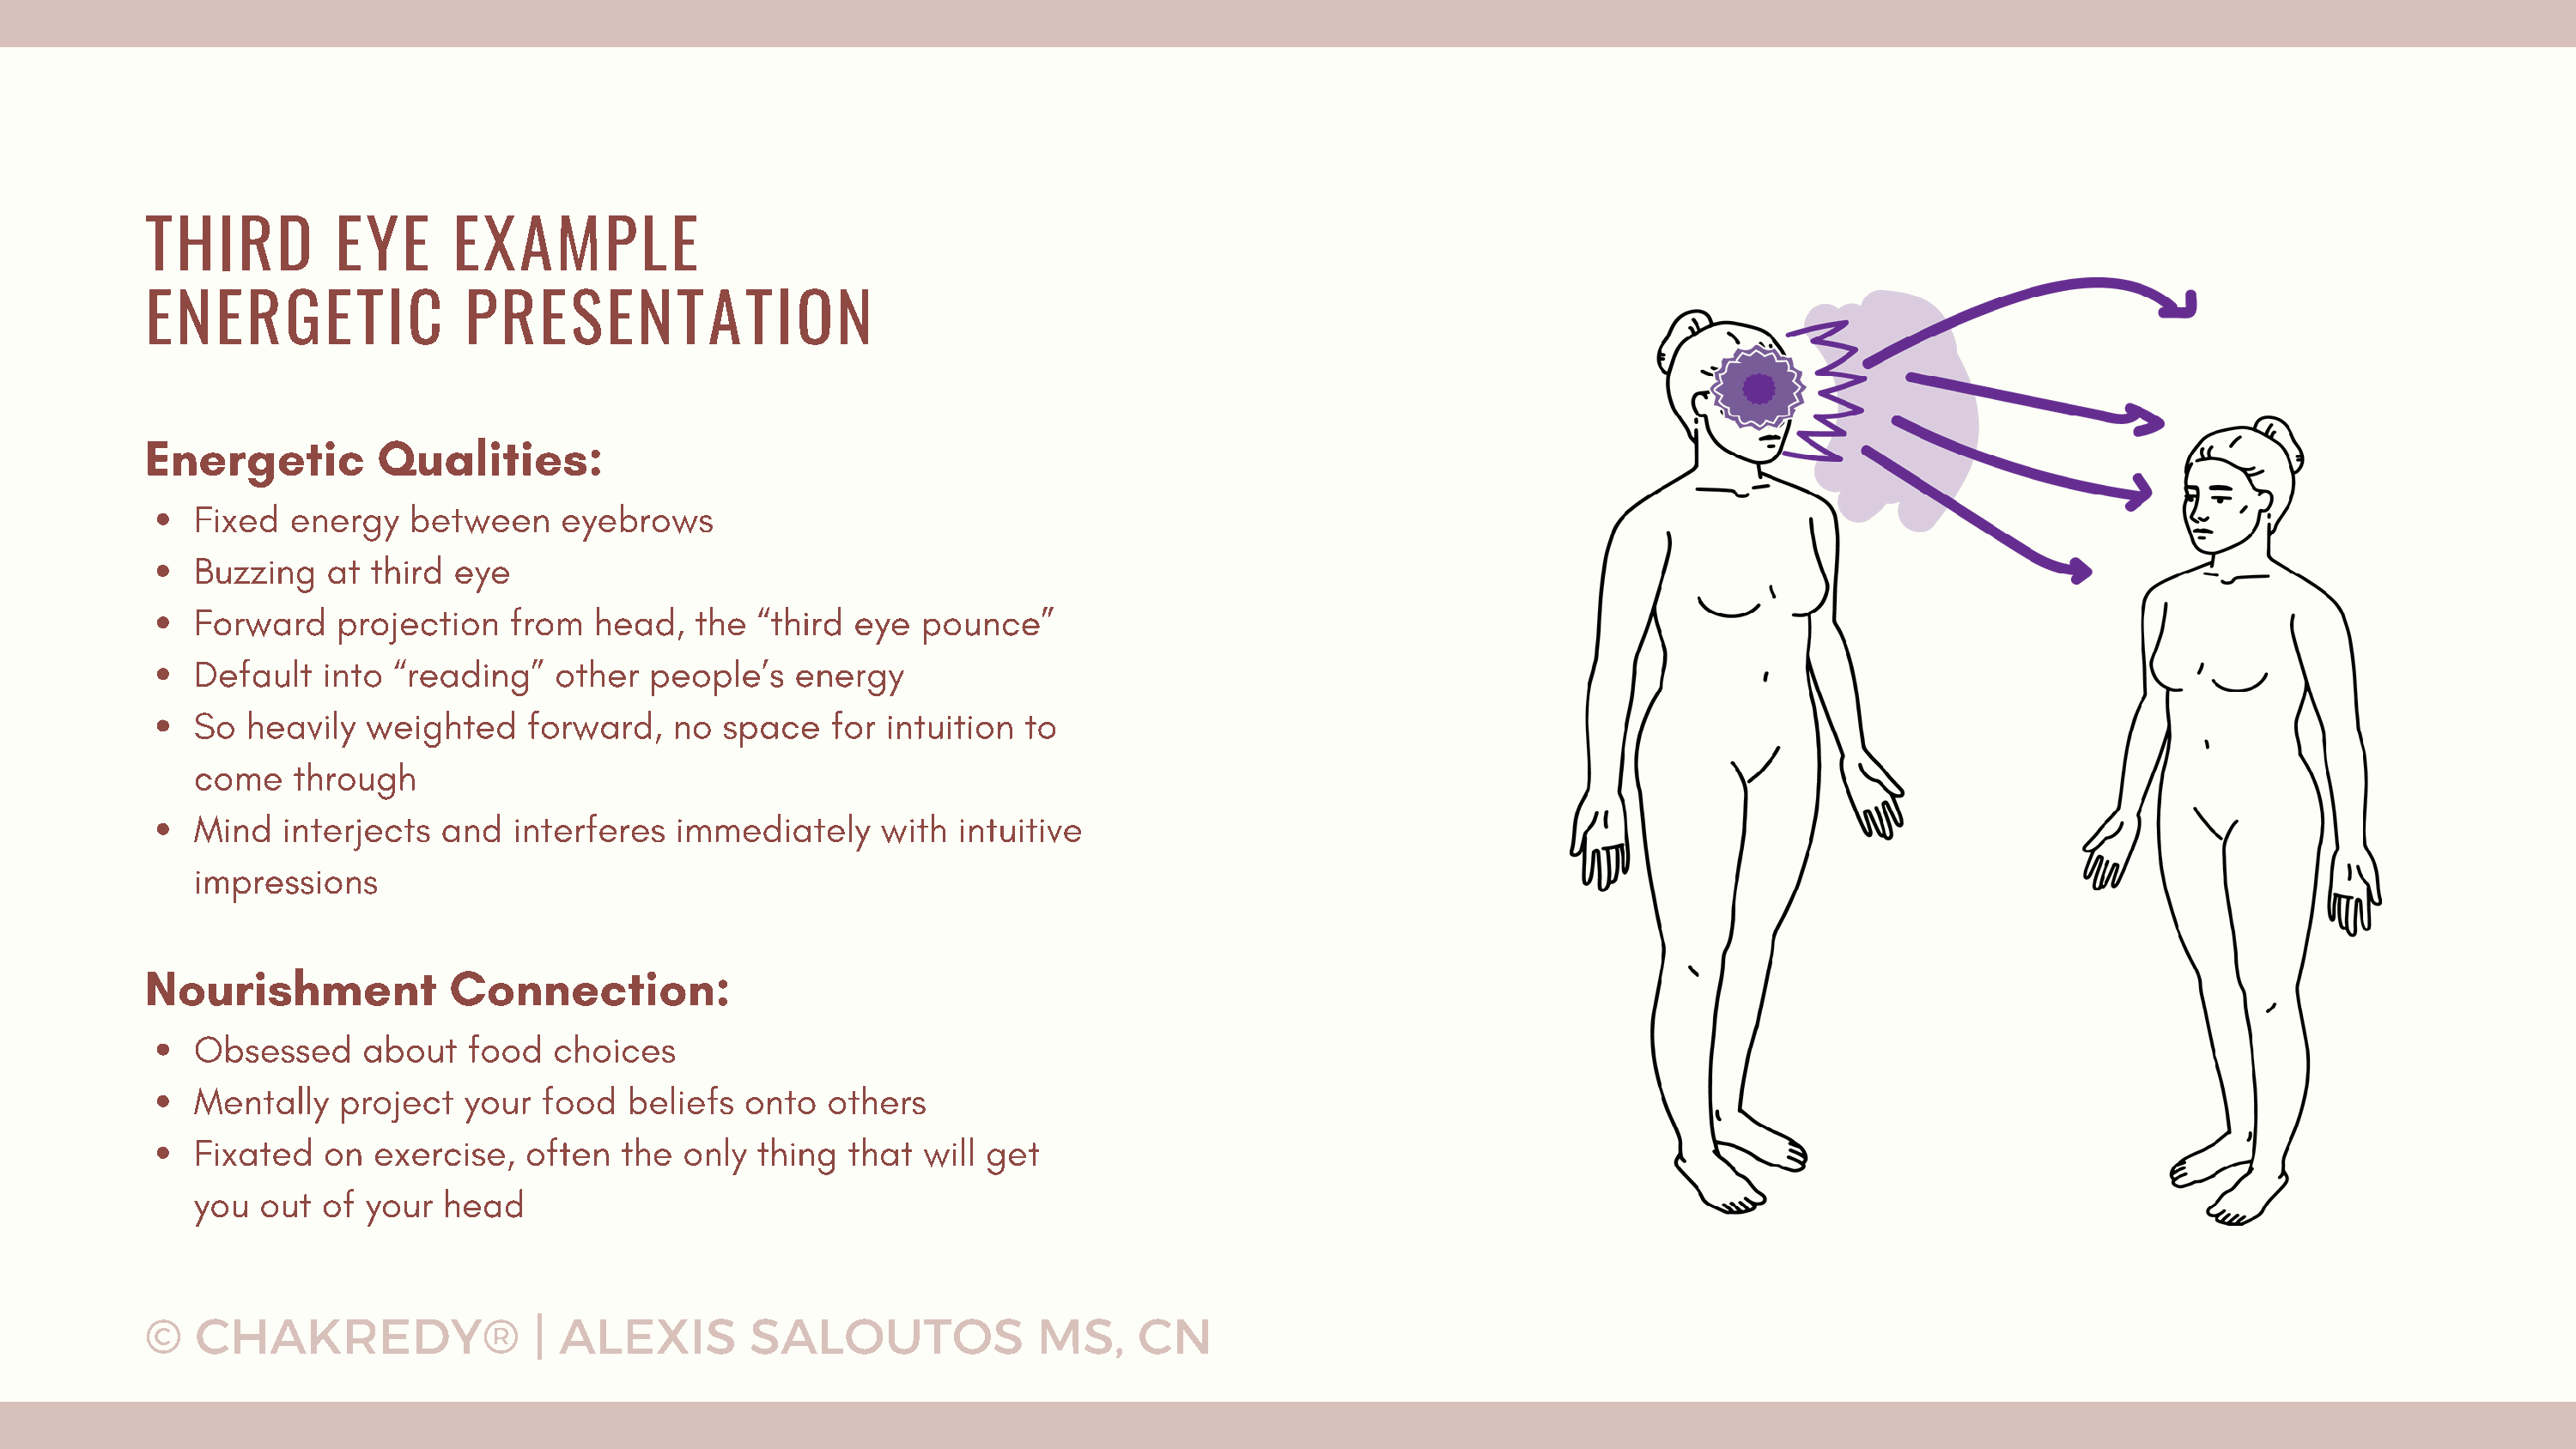
THIRD          EYE      EXAMPLE
 ENERGETIC                PRESENTATION
 Energetic         Qualities:
 Fixed  energy    between    eyebrows
 Buzzing   at  third eye
 Forward    projection   from   head,   the “third  eye  pounce”
 Default   into “reading”    other  people’s   energy
 So  heavily  weighted     forward,   no  space   for intuition  to
 come    through
 Mind   interjects  and   interferes  immediately     with  intuitive
 impressions
 Nourishment             Connection:
 Obsessed     about   food   choices
 Mentally   project   your  food  beliefs  onto   others
 Fixated   on  exercise,   often  the  only thing  that  will get
 you  out  of your  head
 ©   CHAKREDY®                 | ALEXIS         SALOUTOS              MS,     CN